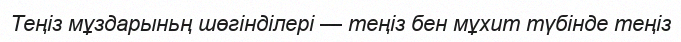
Теңіз мұздарыньң шөгінділері — теңіз бен мұхит түбінде теңіз